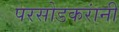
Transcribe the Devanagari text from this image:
परसोडकरांनी